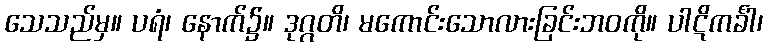
သေသည်မှ။ ပရံ၊ နောက်၌။ ဒုဂ္ဂတိ၊ မကောင်းသောလားခြင်းဘဝကို။ ပါဋိကင်္ခါ၊